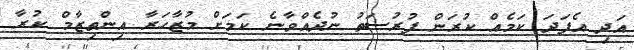
އަދި އެފަދަ ކަމެއް ކުރަން ފުރުސަތު ނުދެއްވާނެ ކަމަށް މުޒާހަރާ އިންތިޒާމް ކުރާ